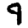
Digit: 9